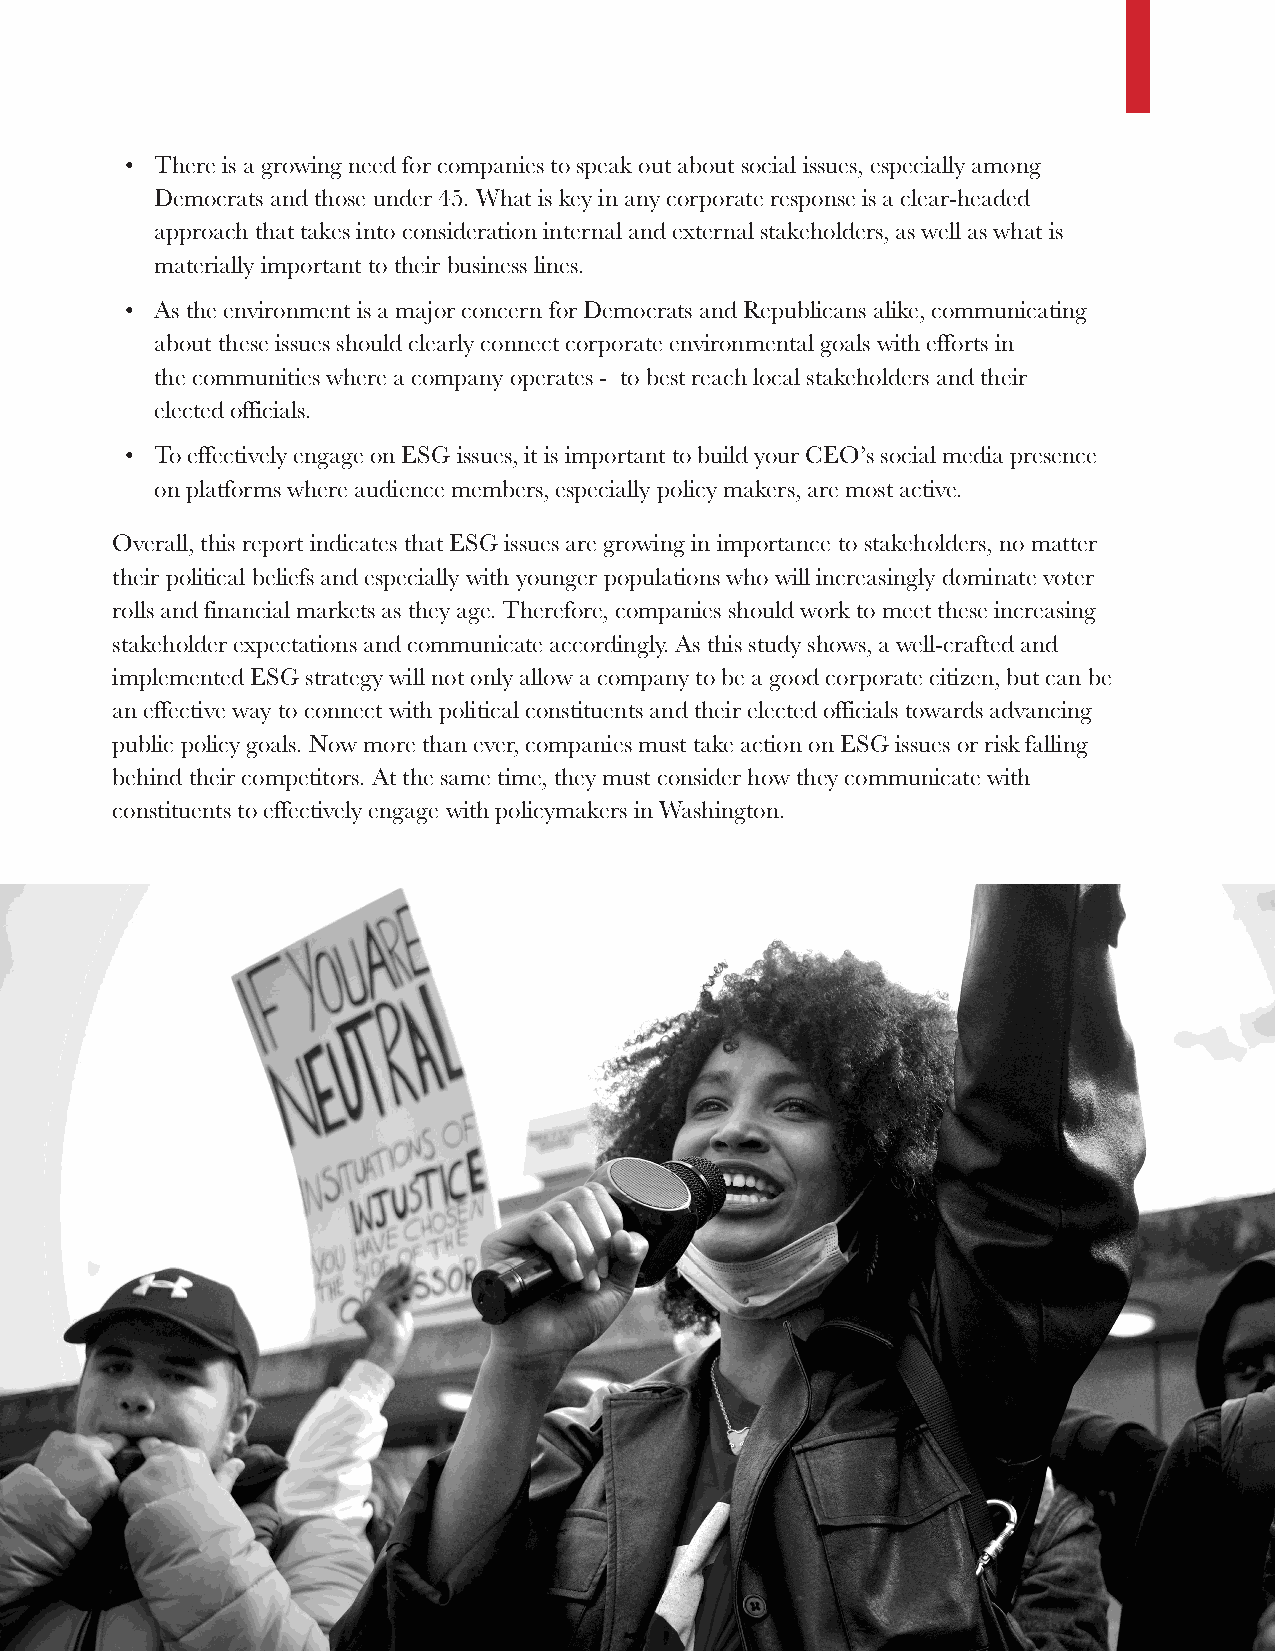
• There is a growing need for companies to speak out about social issues, especially among
 Democrats and those under 45. What is key in any corporate response is a clear-headed
 approach that takes into consideration internal and external stakeholders, as well as what is
 materially important to their business lines.
 • As the environment is a major concern for Democrats and Republicans alike, communicating
 about these issues should clearly connect corporate environmental goals with efforts in
 the communities where a company operates - to best reach local stakeholders and their
 elected officials.
 • To effectively engage on ESG issues, it is important to build your CEO’s social media presence
 on platforms where audience members, especially policy makers, are most active.
 Overall, this report indicates that ESG issues are growing in importance to stakeholders, no matter
 their political beliefs and especially with younger populations who will increasingly dominate voter
 rolls and financial markets as they age. Therefore, companies should work to meet these increasing
 stakeholder expectations and communicate accordingly. As this study shows, a well-crafted and
 implemented ESG strategy will not only allow a company to be a good corporate citizen, but can be
 an effective way to connect with political constituents and their elected officials towards advancing
 public policy goals. Now more than ever, companies must take action on ESG issues or risk falling
 behind their competitors. At the same time, they must consider how they communicate with
 constituents to effectively engage with policymakers in Washington.